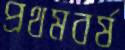
প্রথমবর্ষ